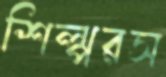
শিল্পরস